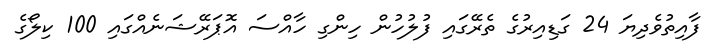
ފާއިތުވެދިޔަ 24 ގަޑިއިރުގެ ތެރޭގައި ފުލުހުން ހިންގި ހާއްސަ އޮޕަރޭޝަނެއްގައި 100 ކިލޯގެ